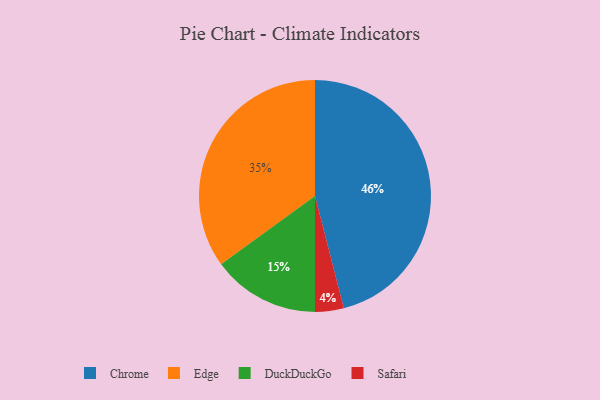
{"axis": {"x": "Category", "y": "Percentage"}, "legend": ["Chrome", "DuckDuckGo", "Edge", "Safari"], "data": [{"x": "Chrome", "y": 46, "type": "Chrome"}, {"x": "Safari", "y": 4, "type": "Safari"}, {"x": "Edge", "y": 35, "type": "Edge"}, {"x": "DuckDuckGo", "y": 15, "type": "DuckDuckGo"}]}